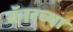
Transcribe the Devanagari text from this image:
बॅनरच्या